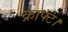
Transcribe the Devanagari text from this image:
क्राफ्ट।